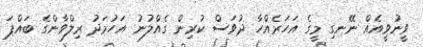
ވީނުވީއެއް ނޭނގި މީގެ އަހަރެއްހާ ދުވަސް ކުރިން ގެއްލުނު އަހުމަދު ރިލްވާންގެ ބައްޕަ